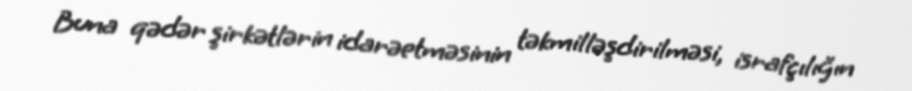
Buna qədər şirkətlərin idarəetməsinin təkmilləşdirilməsi, israfçılığın